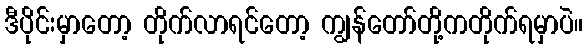
ဒီပိုင်းမှာတော့ တိုက်လာရင်တော့ ကျွန်တော်တို့ကတိုက်ရမှာပဲ။